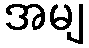
အမျ